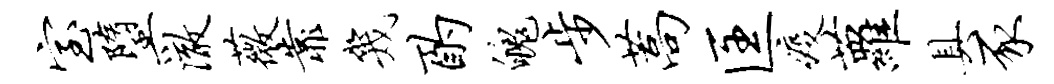
室堕澈薇靠几酌魄步蒿匡疫萝具豕